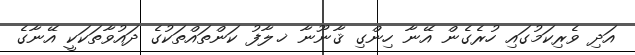
އަދި ވެރިކަމުގައި ހުރެގެން އޭނާ ހިންގި ޤާނޫނާ ޚލާފު ކަންތައްތަކުގެ ދައުވާތަކަކީ އޭނާގެ